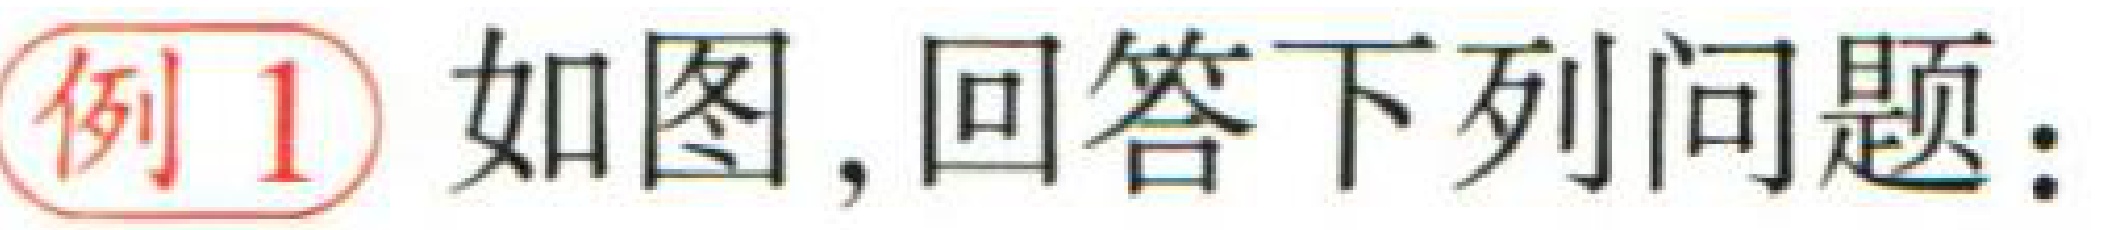
例1 如图，回答下列问题：